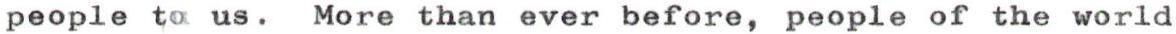
people to us. More than ever before, people of the world